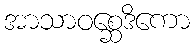
အာသာဝစ္ဆေဒိကော